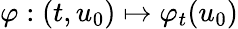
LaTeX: \varphi:(t,u_{0})\mapsto\varphi_{t}(u_{0})